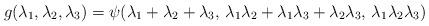
LaTeX: \begin{align*}g(\lambda_1,\lambda_2,\lambda_3)=\psi(\lambda_1+\lambda_2+\lambda_3,\,\lambda_1\lambda_2 + \lambda_1\lambda_3 + \lambda_2\lambda_3,\,\lambda_1\lambda_2\lambda_3)\end{align*}